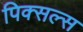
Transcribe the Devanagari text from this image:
पिक्सल्स